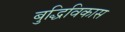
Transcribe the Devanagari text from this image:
बुद्धिविकास